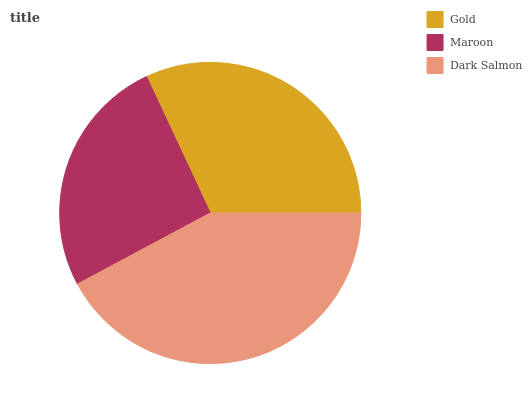
| Gold | Maroon | Dark Salmon |
 | --- | --- | --- |
 | 32% | 25.8% | 42.2% |